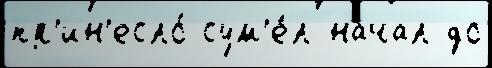
пр'ин'есло́ сум'е́л начал до